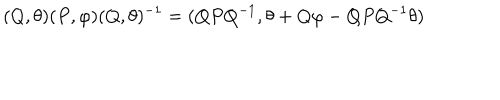
LaTeX: ( Q , \theta ) ( P , \varphi ) ( Q , \theta ) ^ { - 1 } = ( Q P Q ^ { - 1 } , \theta + Q \varphi - Q P Q ^ { - 1 } \theta )